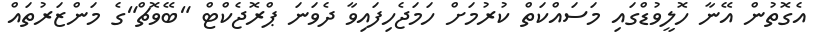
އެގޮތުން އޭނާ ހޮލީވުޑްގައި މަސައްކަތް ކުރުމަށް ހަމަޖެހިފައިވާ ދެވަނަ ޕްރޮޖެކްޓް "ބޭވޮޗް"ގެ މަންޒަރުތައް